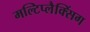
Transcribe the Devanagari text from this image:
मल्टिप्लैक्सिंग